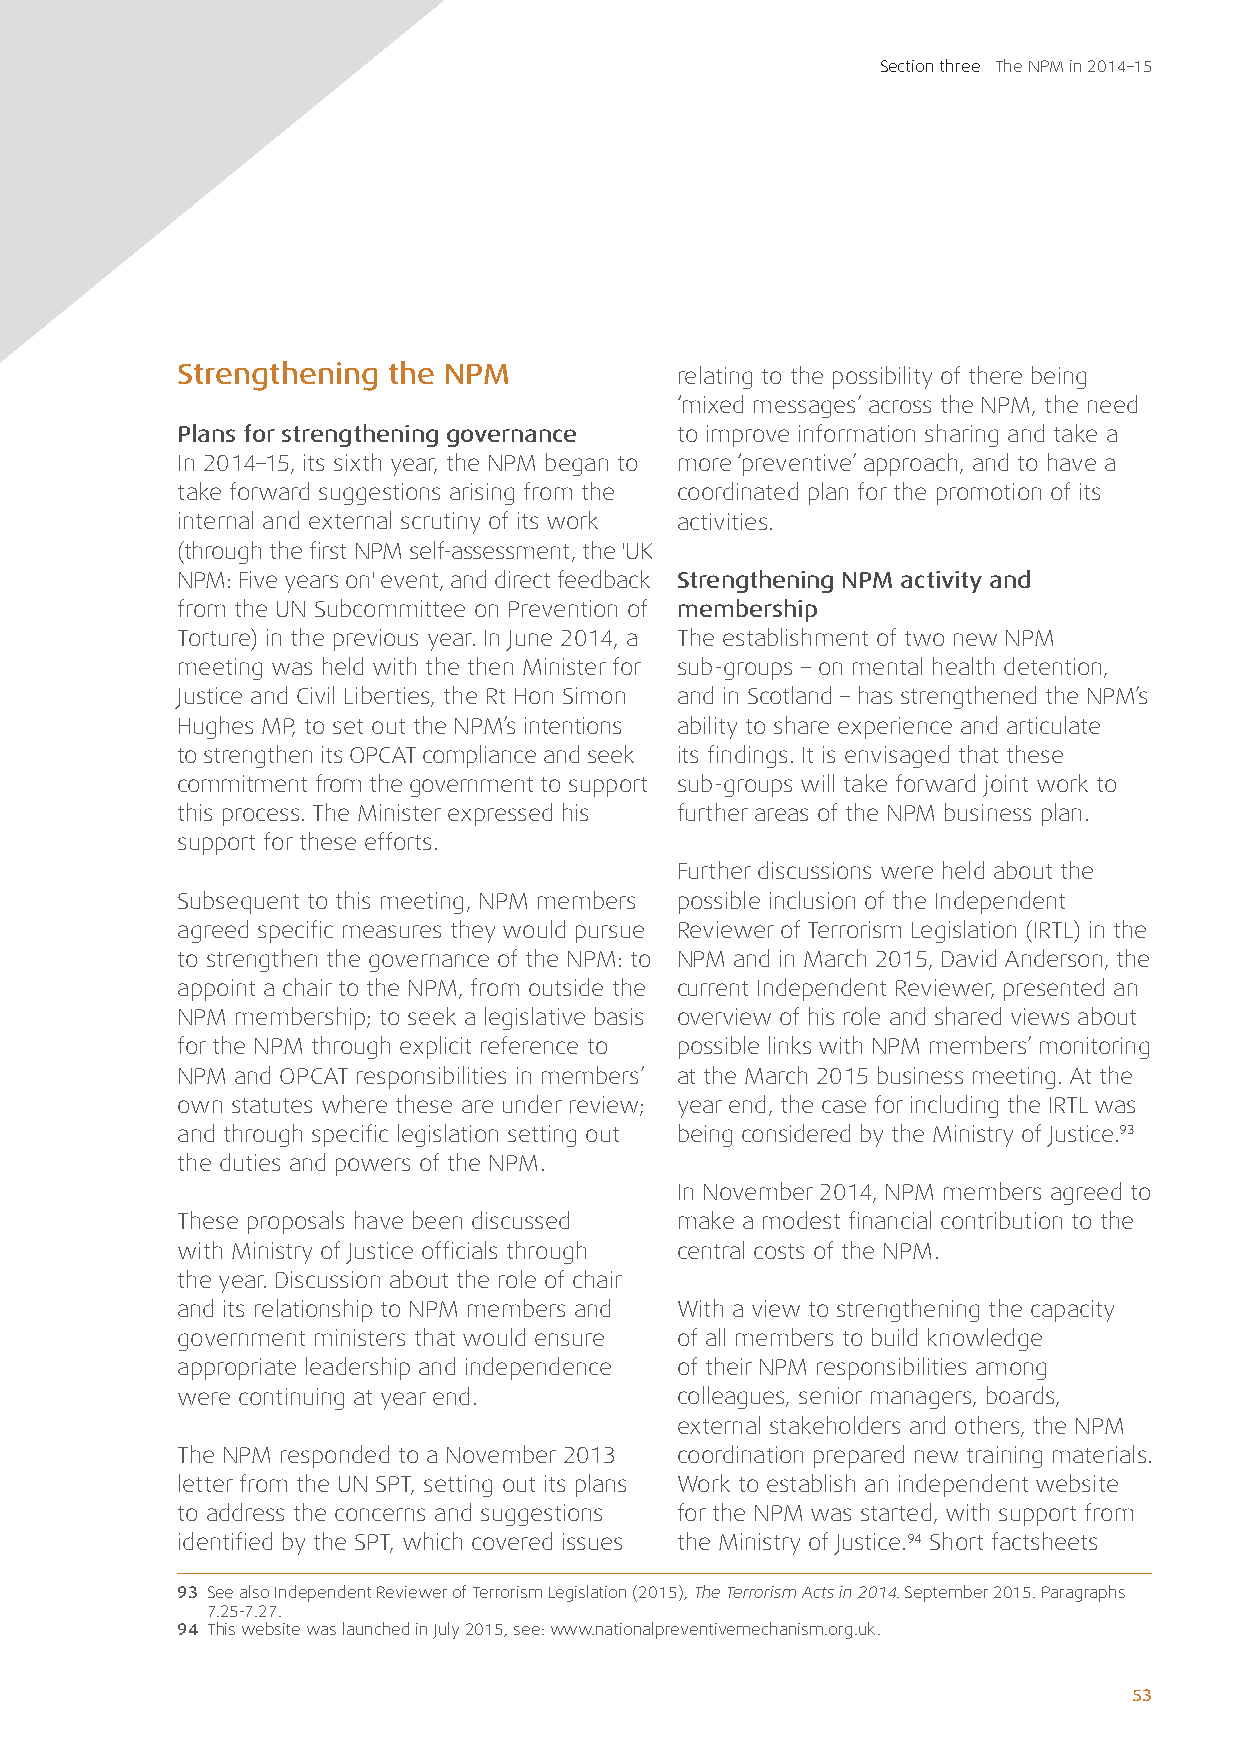
Section three The NPM in 2014–15
 Strengthening the NPM            relating to the possibility of there being
 ‘mixed messages’ across the NPM, the need
 Plans for strengthening governance to improve information sharing and take a
 In 2014–15, its sixth year, the NPM began to more ‘preventive’ approach, and to have a
 take forward suggestions arising from the coordinated plan for the promotion of its
 internal and external scrutiny of its work activities.
 (through the first NPM self-assessment, the 'UK
 NPM: Five years on' event, and direct feedback Strengthening NPM activity and
 from the UN Subcommittee on Prevention of membership
 Torture) in the previous year. In June 2014, a The establishment of two new NPM
 meeting was held with the then Minister for sub-groups – on mental health detention,
 Justice and Civil Liberties, the Rt Hon Simon and in Scotland – has strengthened the NPM’s
 Hughes MP, to set out the NPM’s intentions ability to share experience and articulate
 to strengthen its OPCAT compliance and seek its findings. It is envisaged that these
 commitment from the government to support sub-groups will take forward joint work to
 this process. The Minister expressed his further areas of the NPM business plan.
 support for these efforts.
 Further discussions were held about the
 Subsequent to this meeting, NPM members possible inclusion of the Independent
 agreed specific measures they would pursue Reviewer of Terrorism Legislation (IRTL) in the
 to strengthen the governance of the NPM: to NPM and in March 2015, David Anderson, the
 appoint a chair to the NPM, from outside the current Independent Reviewer, presented an
 NPM membership; to seek a legislative basis overview of his role and shared views about
 for the NPM through explicit reference to possible links with NPM members’ monitoring
 NPM and OPCAT responsibilities in members’ at the March 2015 business meeting. At the
 own statutes where these are under review; year end, the case for including the IRTL was
 and through specific legislation setting out being considered by the Ministry of Justice.93
 the duties and powers of the NPM.
 In November 2014, NPM members agreed to
 These proposals have been discussed make a modest financial contribution to the
 with Ministry of Justice officials through central costs of the NPM.
 the year. Discussion about the role of chair
 and its relationship to NPM members and With a view to strengthening the capacity
 government ministers that would ensure of all members to build knowledge
 appropriate leadership and independence of their NPM responsibilities among
 were continuing at year end.     colleagues, senior managers, boards,
 external stakeholders and others, the NPM
 The NPM responded to a November 2013 coordination prepared new training materials.
 letter from the UN SPT, setting out its plans Work to establish an independent website
 to address the concerns and suggestions for the NPM was started, with support from
 identified by the SPT, which covered issues the Ministry of Justice.94 Short factsheets
 93 See also Independent Reviewer of Terrorism Legislation (2015), The Terrorism Acts in 2014. September 2015. Paragraphs
 7.25-7.27.
 94 This website was launched in July 2015, see: www.nationalpreventivemechanism.org.uk.
 53